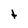
Character: t